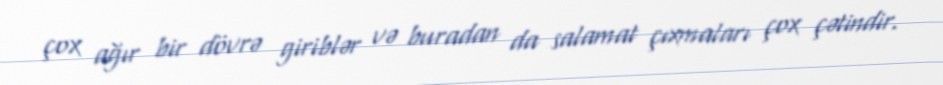
çox ağır bir dövrə giriblər və buradan da salamat çıxmaları çox çətindir.